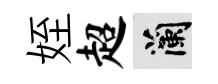
姪超蘭